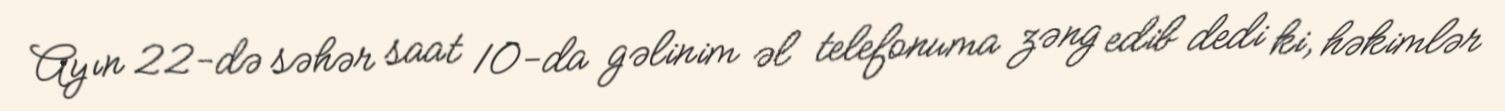
Ayın 22-də səhər saat 10-da gəlinim əl telefonuma zəng edib dedi ki, həkimlər